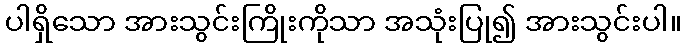
ပါရှိသော အားသွင်းကြိုးကိုသာ အသုံးပြု၍ အားသွင်းပါ။